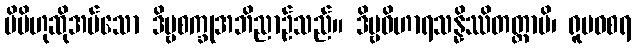
မိမိဟုဆိုအပ်သော ဒိဗ္ဗစက္ခုအဘိညာဉ်သည်။ ဒိဗ္ဗဝိဟာရသန္နိဿိတတ္တာပိ၊ ရူပဝစရ